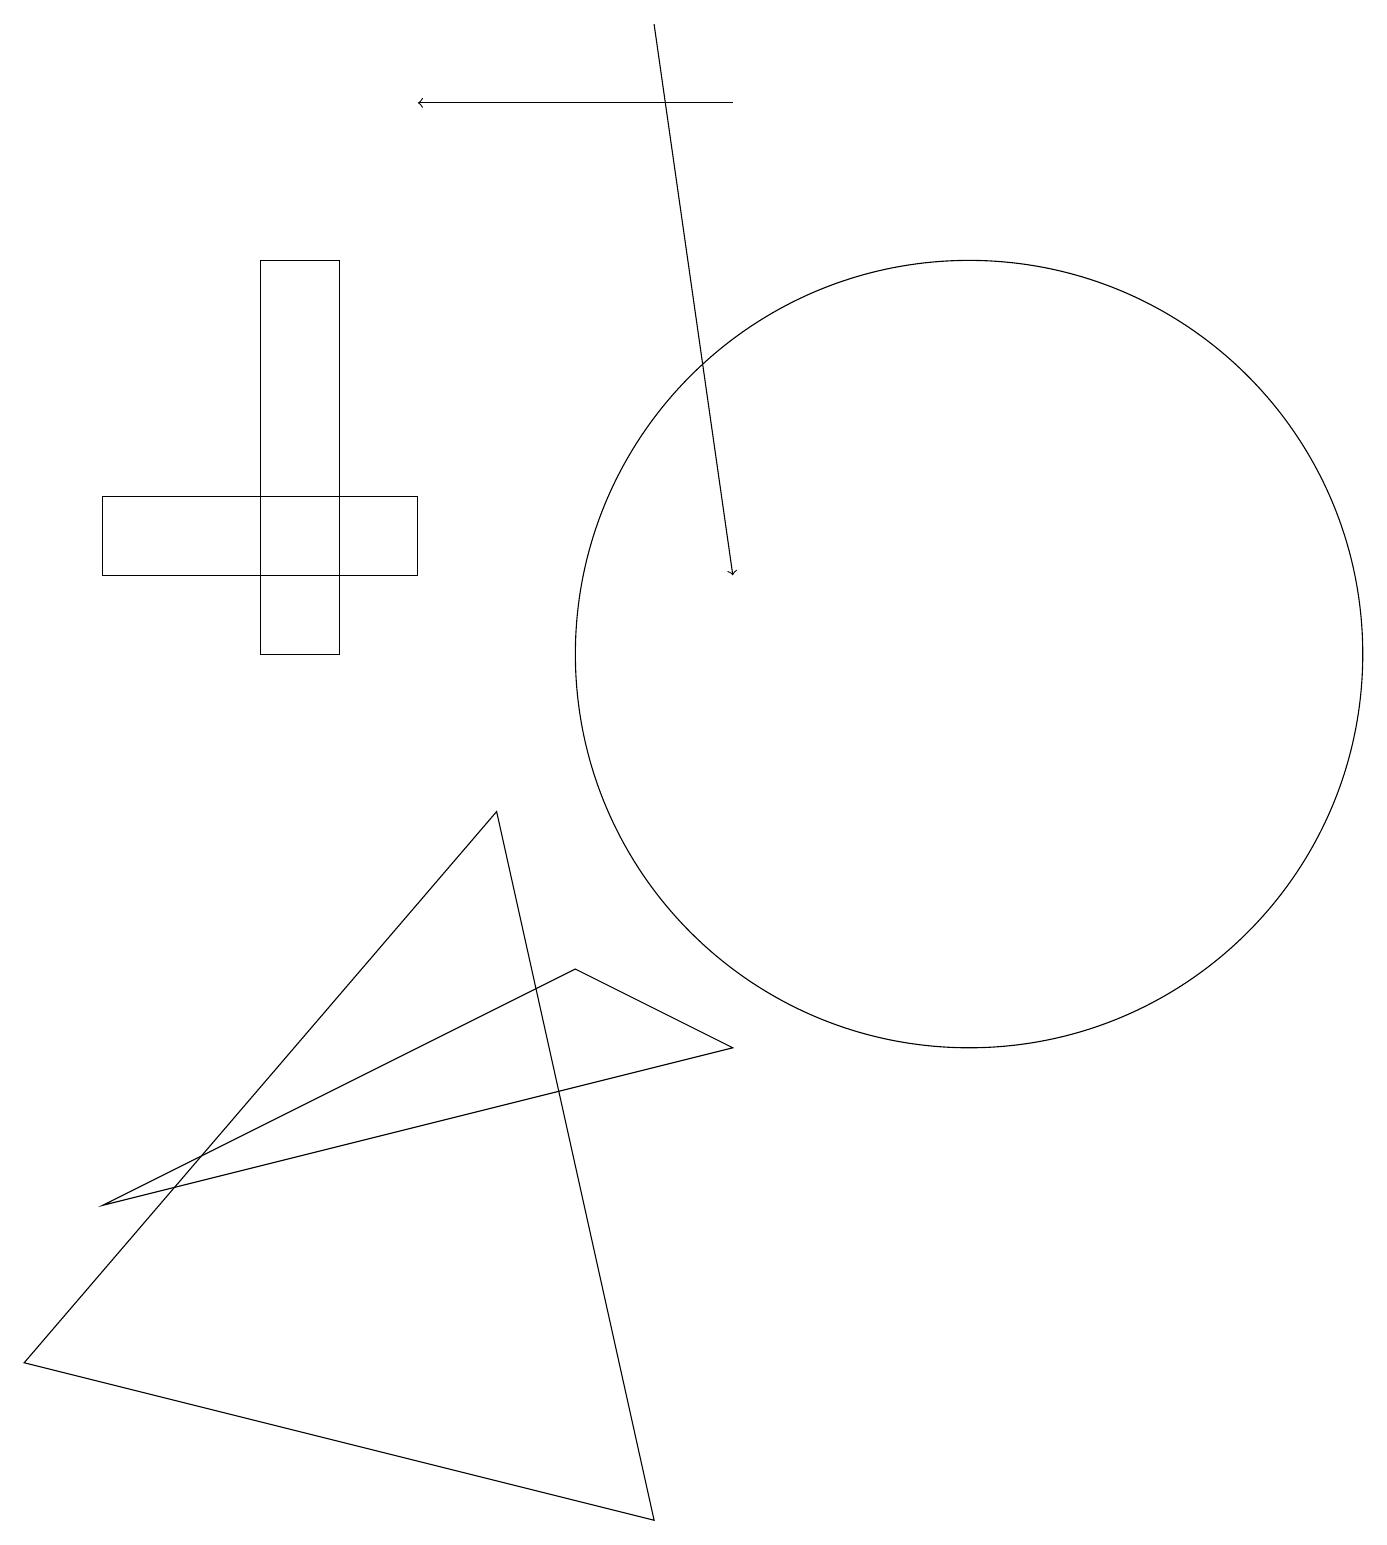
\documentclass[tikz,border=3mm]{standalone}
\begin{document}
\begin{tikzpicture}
\draw (1,4) -- (7,7) -- (9,6) -- cycle;
\draw[->] (9,18) -- (5,18);
\draw[->] (8,19) -- (9,12);
\draw (5,13) rectangle (1,12);
\draw (12,11) circle (5);
\draw (4,16) rectangle (3,11);
\draw (0,2) -- (8,0) -- (6,9) -- cycle;
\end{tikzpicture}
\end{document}